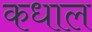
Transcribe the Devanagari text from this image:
कधाल